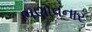
ભણાવનાર